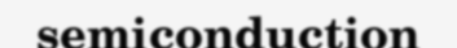
semiconduction